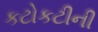
કટોકટીની